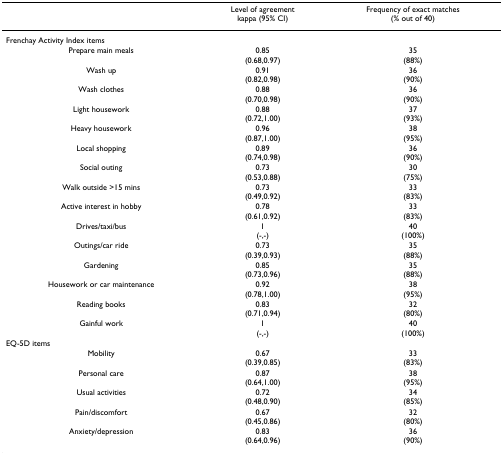
<table><thead><tr><td></td><td><b>Level of agreementkappa (95% CI)</b></td><td><b>Frequency of exact matches(% out of 40)</b></td></tr></thead><tbody><tr><td>Frenchay Activity Index items</td><td></td><td></td></tr><tr><td>Prepare main meals</td><td>0.85(0.68,0.97)</td><td>35(88%)</td></tr><tr><td>Wash up</td><td>0.91(0.82,0.98)</td><td>36(90%)</td></tr><tr><td>Wash clothes</td><td>0.88(0.70,0.98)</td><td>36(90%)</td></tr><tr><td>Light housework</td><td>0.88(0.72,1.00)</td><td>37(93%)</td></tr><tr><td>Heavy housework</td><td>0.96(0.87,1.00)</td><td>38(95%)</td></tr><tr><td>Local shopping</td><td>0.89(0.74,0.98)</td><td>36(90%)</td></tr><tr><td>Social outing</td><td>0.73(0.53,0.88)</td><td>30(75%)</td></tr><tr><td>Walk outside &gt;15 mins</td><td>0.73(0.49,0.92)</td><td>33(83%)</td></tr><tr><td>Active interest in hobby</td><td>0.78(0.61,0.92)</td><td>33(83%)</td></tr><tr><td>Drives/taxi/bus</td><td>1(-,-)</td><td>40(100%)</td></tr><tr><td>Outings/car ride</td><td>0.73(0.39,0.93)</td><td>35(88%)</td></tr><tr><td>Gardening</td><td>0.85(0.73,0.96)</td><td>35(88%)</td></tr><tr><td>Housework or car maintenance</td><td>0.92(0.78,1.00)</td><td>38(95%)</td></tr><tr><td>Reading books</td><td>0.83(0.71,0.94)</td><td>32(80%)</td></tr><tr><td>Gainful work</td><td>1(-,-)</td><td>40(100%)</td></tr><tr><td>EQ-5D items</td><td></td><td></td></tr><tr><td>Mobility</td><td>0.67(0.39,0.85)</td><td>33(83%)</td></tr><tr><td>Personal care</td><td>0.87(0.64,1.00)</td><td>38(95%)</td></tr><tr><td>Usual activities</td><td>0.72(0.48,0.90)</td><td>34(85%)</td></tr><tr><td>Pain/discomfort</td><td>0.67(0.45,0.86)</td><td>32(80%)</td></tr><tr><td>Anxiety/depression</td><td>0.83(0.64,0.96)</td><td>36(90%)</td></tr></tbody></table>